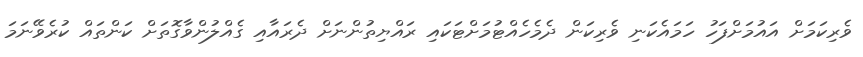
ވެރިކަމަށް އައުމަށްފަހު ހަމައެކަނި ވެރިކަން ދެމެހެއްޓުމަށްޓަކައި ރައްޔިތުންނަށް ދެރައާއި ގެއްލުންވާގޮތަށް ކަންތައް ކުރެވޭނަމަ